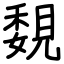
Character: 覣